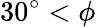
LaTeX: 30^{\circ}<\phi